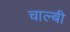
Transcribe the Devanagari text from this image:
चाल्बी